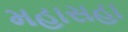
મહાસહા